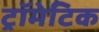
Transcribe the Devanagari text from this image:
ट्रॉमेटिक